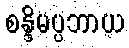
စန္ဒိမပ္ပဘာယ